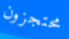
محتجزون